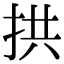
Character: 拱